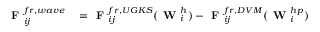
\begin{array} { r l } { \textbf { F } _ { i j } ^ { f r , w a v e } } & { { } = \textbf { F } _ { i j } ^ { f r , U G K S } ( \textbf { W } _ { i } ^ { h } ) - \textbf { F } _ { i j } ^ { f r , D V M } ( \textbf { W } _ { i } ^ { h p } ) } \end{array}